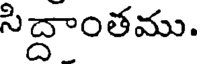
సిద్దాంతము.